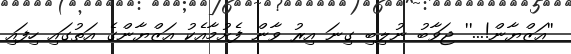
''އަޒްޔާން!...'' ޖަވާބު ނުލިބި ގިނަ އިރު ވާން ފެށުމާއެކު އަޒްޔާންގެ އަތުގައި ހިފައި